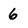
Character: 6